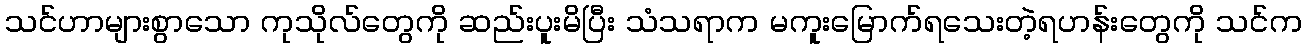
သင်ဟာများစွာသော ကုသိုလ်တွေကို ဆည်းပူးမိပြီး သံသရာက မကူးမြောက်ရသေးတဲ့ရဟန်းတွေကို သင်က